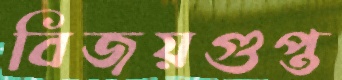
বিজয়গুপ্ত